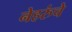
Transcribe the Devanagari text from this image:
नेहरुंचे